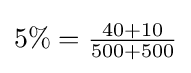
{\textstyle 5\%={\frac {40+10}{500+500}}}